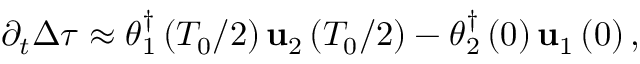
\partial _ { t } \Delta \tau \approx \boldsymbol { \theta } _ { 1 } ^ { \dagger } \left( T _ { 0 } / 2 \right) \mathbf { u } _ { 2 } \left( T _ { 0 } / 2 \right) - \boldsymbol { \theta } _ { 2 } ^ { \dagger } \left( 0 \right) \mathbf { u } _ { 1 } \left( 0 \right) ,